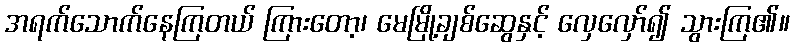
အရက်သောက်နေကြတယ် ကြားတော့၊ မေမြို့ချစ်ဆွေနှင့် လှေလှော်၍ သွားကြ၏။